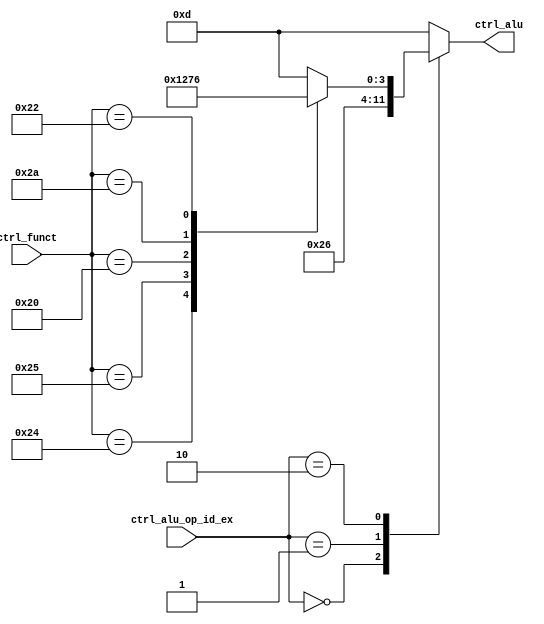
// Gabriel Coimbra - 3044
// Maria Dalila - 3030

module mALUControl(
	input [1:0] ctrl_alu_op_id_ex, // sinais de controle
	input [5:0] ctrl_funct, //campo da instrucao MIPS
	output reg [3:0] ctrl_alu //ctrl_alu (4 bits de operacao da ALU)
	);

//Decide, de acordo com o campo 'ctrl_funct' da instrucao e/ou sinais de controle ctrl_alu_op_id_ex0 e ctrl_alu_op_id_ex1
// qual sera o ctrl_alu_op_id_ex enviado para o modulo mALU

	always @ (ctrl_alu_op_id_ex, ctrl_funct) begin
		case(ctrl_alu_op_id_ex) // decisao tomada por meio do sinal de controle
			0: ctrl_alu = 2; //AND
			1: ctrl_alu = 6; //SUB
			2: case (ctrl_funct) // decisao tomada usando o campo ctrl_funct da instrucao
						36: ctrl_alu = 0; // AND
						37: ctrl_alu = 1; // OR
						32: ctrl_alu = 2; // ADD
						42: ctrl_alu = 7; //SLT
						34: ctrl_alu = 6; // SUB
						default: ctrl_alu = 13;
				endcase
			default: ctrl_alu = 13;
		endcase
  end
endmodule